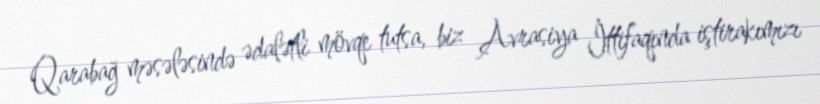
Qarabağ məsələsində ədalətli mövqe tutsa, biz Avrasiya İttifaqında iştirakımızı